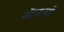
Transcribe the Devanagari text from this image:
वॉटसनशी